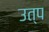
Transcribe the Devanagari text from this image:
उत्प